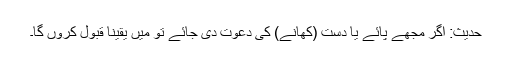
حدیث: اگر مجھے پائے یا دست (کھانے) کی دعوت دی جائے تو میں یقینا قبول کروں گا۔